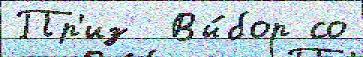
Пр'из  Вы́бор со